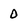
Character: 0